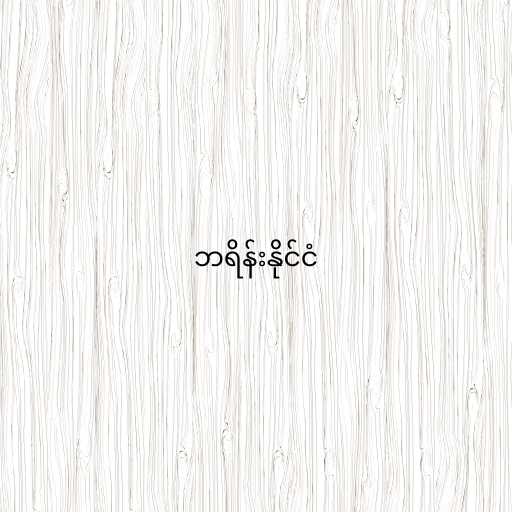
ဘရိန်းနိုင်ငံ